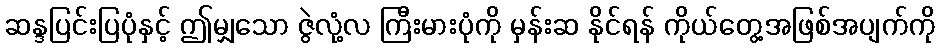
ဆန္ဒပြင်းပြပုံနှင့် ဤမျှသော ဇွဲလုံ့လ ကြီးမားပုံကို မှန်းဆ နိုင်ရန် ကိုယ်တွေ့အဖြစ်အပျက်ကို